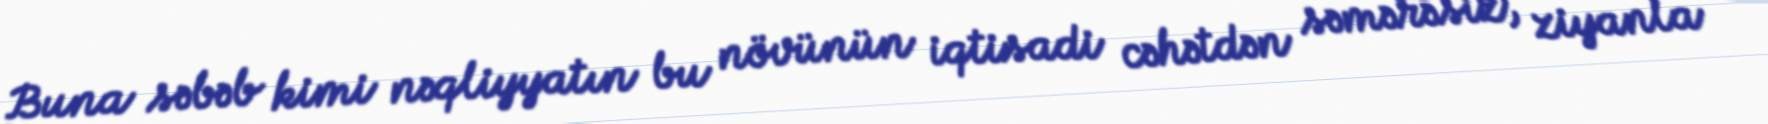
Buna səbəb kimi nəqliyyatın bu növünün iqtisadi cəhətdən səmərəsiz, ziyanla